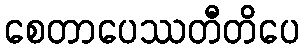
စေတာပေဿတီတိပေ